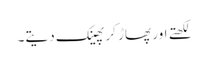
لکھتے اور پھاڑ کر پھینک دیتے۔